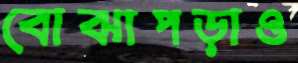
বোঝাপড়াও